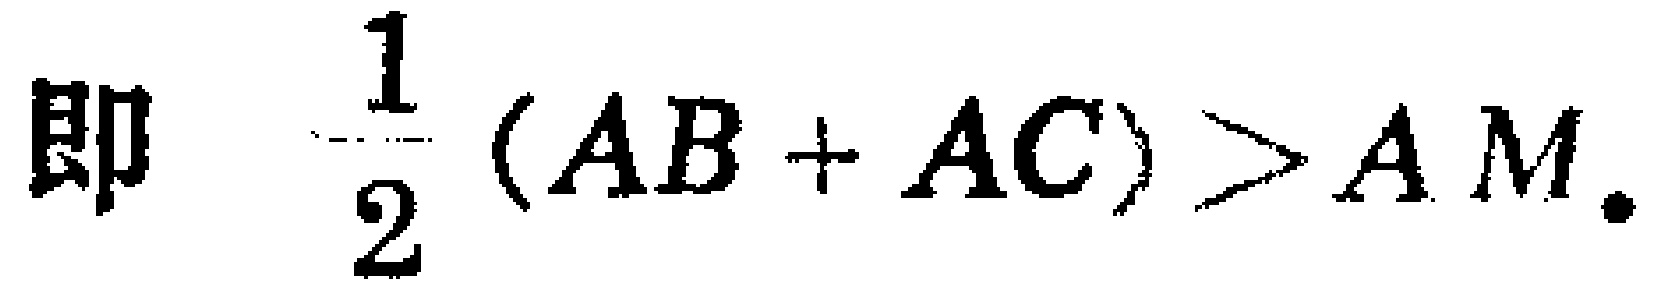
即 \(\frac{1}{2}(AB + AC)>AM.\)